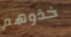
خذوهم